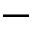
-